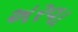
અરવા